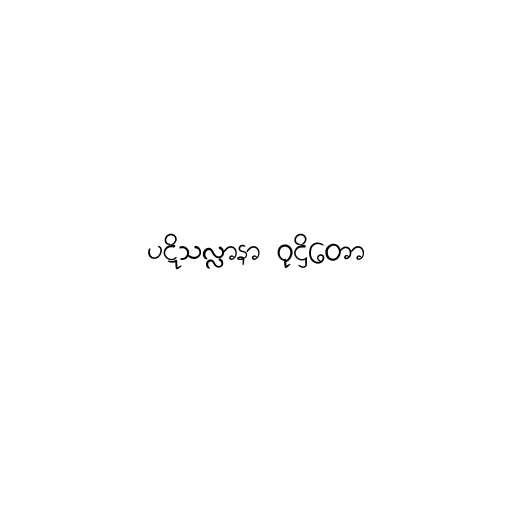
ပဋိသလ္လာနာ ဝုဋ္ဌိတော